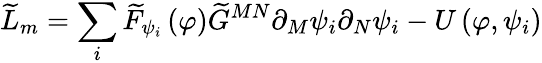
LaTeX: \widetilde{L}_{m}=\sum_{i}\widetilde{F}_{\psi_{i}}\left(\varphi\right)\widetilde{G}^{MN}\partial_{M}\psi_{i}\partial_{N}\psi_{i}-U\left(\varphi,\psi_{i}\right)